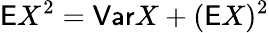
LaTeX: \mathsf EX^{2}=\mathsf{Var}X+(\mathsf EX)^{2}